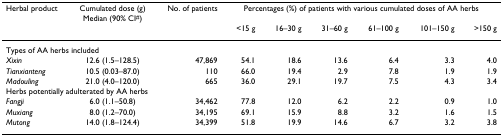
| Herbal product | Cumulated dose (g)Median (90% CI#) | No. of patients | <COLSPAN=6> Percentages (%) of patients with various cumulated doses of AA herbs |
 |  |  |  | <15 g | 16–30 g | 31–60 g | 61–100 g | 101–150 g | >150 g |
 | --- | --- | --- | --- | --- | --- | --- | --- | --- |
 | <COLSPAN=9> Types of AA herbs included |
 | Xixin | 12.6 (1.5–128.5) | 47,869 | 54.1 | 18.6 | 13.6 | 6.4 | 3.3 | 4.0 |
 | Tianxianteng | 10.5 (0.03–87.0) | 110 | 66.0 | 19.4 | 2.9 | 7.8 | 1.9 | 1.9 |
 | Madouling | 21.0 (4.0–120.0) | 665 | 36.0 | 29.1 | 19.7 | 7.5 | 4.3 | 3.4 |
 | <COLSPAN=9> Herbs potentially adulterated by AA herbs |
 | Fangji | 6.0 (1.1–50.8) | 34,462 | 77.8 | 12.0 | 6.2 | 2.2 | 0.9 | 1.0 |
 | Muxiang | 8.0 (1.2–70.0) | 34,195 | 69.1 | 15.9 | 8.8 | 3.2 | 1.6 | 1.5 |
 | Mutong | 14.0 (1.8–124.4) | 34,399 | 51.8 | 19.9 | 14.6 | 6.7 | 3.2 | 3.8 |